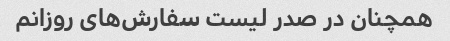
همچنان در صدر لیست سفارش‌های روزانم